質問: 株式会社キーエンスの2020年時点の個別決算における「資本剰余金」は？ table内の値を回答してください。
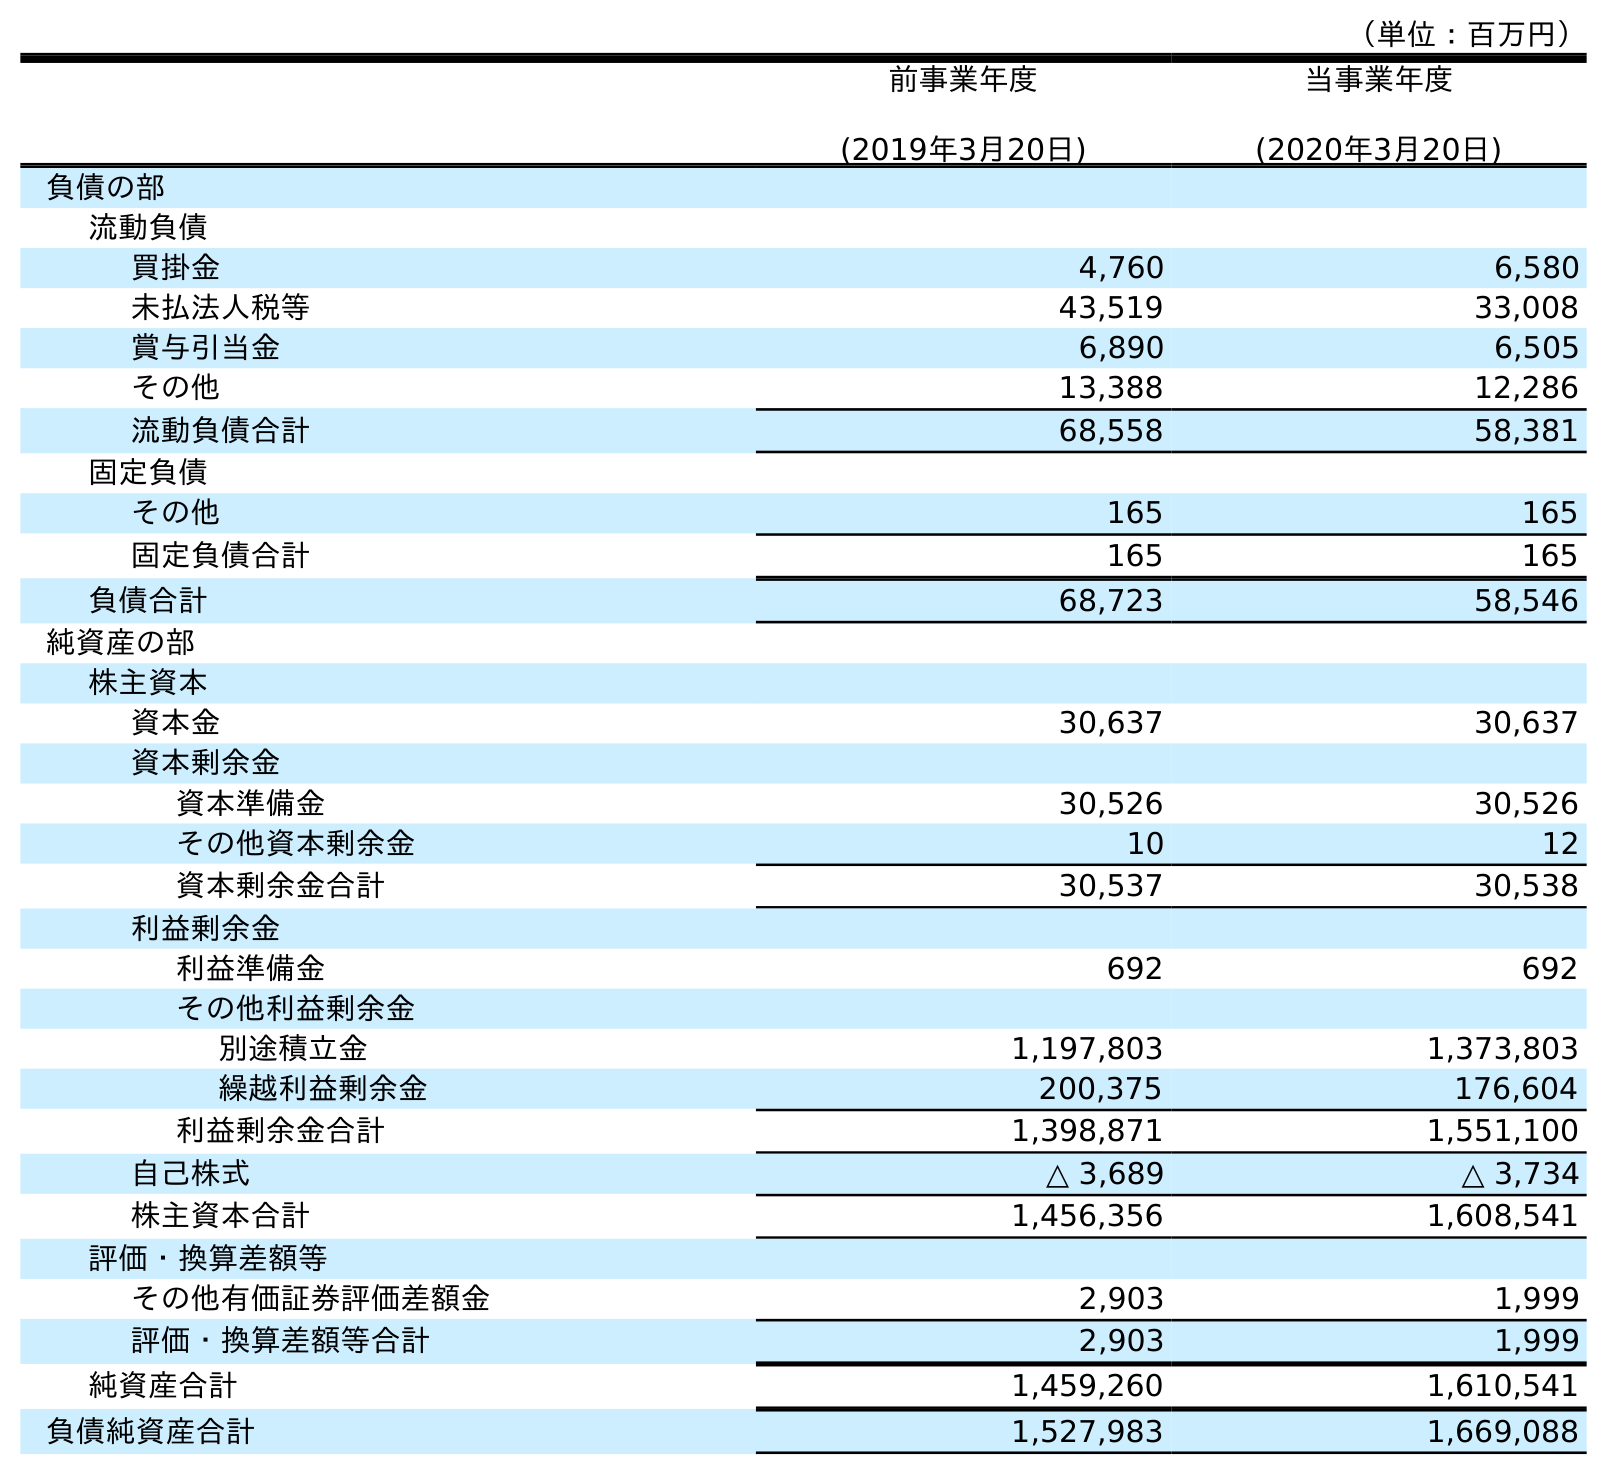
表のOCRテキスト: （単位：百万円） 前事業年度 (2019年3月20日) 当事業年度 (2020年3月20日) 負債の部 流動負債 買掛金 4,760 6,580 未払法人税等 43,519 33,008 賞与引当金 6,890 6,505 その他 13,388 12,286 流動負債合計 68,558 58,381 固定負債 その他 165 165 固定負債合計 165 165 負債合計 68,723 58,546 純資産の部 株主資本 資本金 30,637 30,637 資本剰余金 資本準備金 30,526 30,526 その他資本剰余金 10 12 資本剰余金合計 30,537 30,538 利益剰余金 利益準備金 692 692 その他利益剰余金 別途積立金 1,197,803 1,373,803 繰越利益剰余金 200,375 176,604 利益剰余金合計 1,398,871 1,551,100 自己株式 △ 3,689 △ 3,734 株主資本合計 1,456,356 1,608,541 評価・換算差額等 その他有価証券評価差額金 2,903 1,999 評価・換算差額等合計 2,903 1,999 純資産合計 1,459,260 1,610,541 負債純資産合計 1,527,983 1,669,088
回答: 30,538